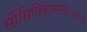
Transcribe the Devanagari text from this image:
सौमित्रिवत्सलः॥५॥